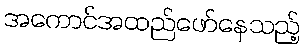
အကောင်အထည်ဖော်နေသည့်